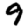
Digit: 9